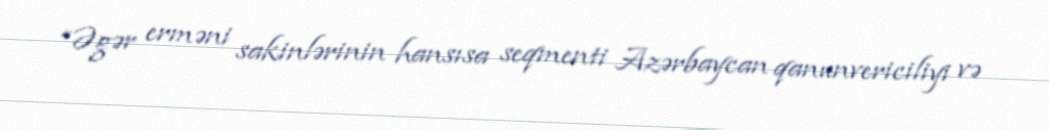
“Əgər erməni sakinlərinin hansısa seqmenti Azərbaycan qanunvericiliyi və